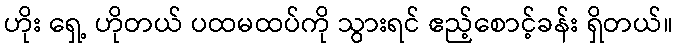
ဟိုး ရှေ့ ဟိုတယ် ပထမထပ်ကို သွားရင် ဧည့်စောင့်ခန်း ရှိတယ်။